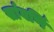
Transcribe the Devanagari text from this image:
सांवर्णि